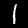
Digit: 1